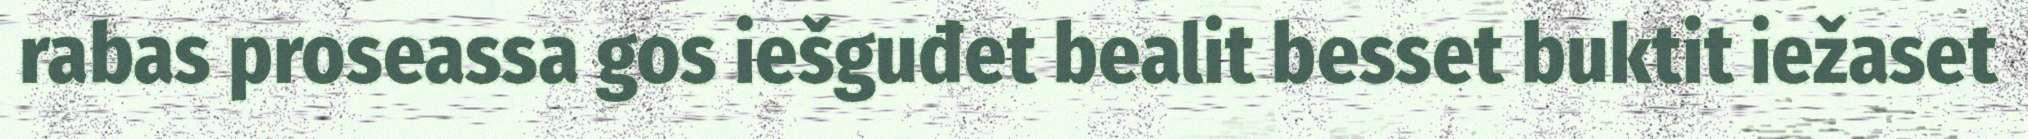
rabas proseassa gos iešguđet bealit besset buktit iežaset